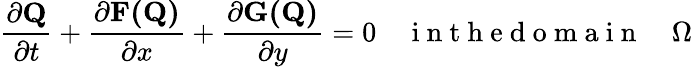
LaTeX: \frac{\partial\textbf{Q}}{\partial t}+\frac{\partial\textbf{F(Q)}}{\partial x}+\frac{\partial\textbf{G(Q)}}{\partial y}=0\quad\mathrm{~i~n~t~h~e~d~o~m~a~i~n~}\quad\Omega